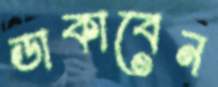
ডাকাবেন